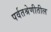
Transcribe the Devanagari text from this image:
पर्वतश्रेणीतील